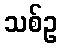
သစ်ဥ